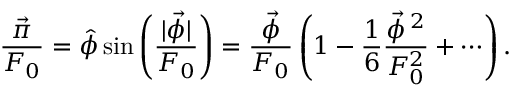
\frac { \vec { \pi } } { F _ { 0 } } = \hat { \phi } \sin \left( \frac { | \vec { \phi } | } { F _ { 0 } } \right) = \frac { \vec { \phi } } { F _ { 0 } } \left( 1 - \frac { 1 } { 6 } \frac { \vec { \phi } \, ^ { 2 } } { F _ { 0 } ^ { 2 } } + \cdots \right) .